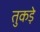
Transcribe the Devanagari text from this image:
तुकड़े